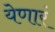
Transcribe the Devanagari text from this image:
येणारं